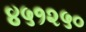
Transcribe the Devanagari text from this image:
४५१२५०